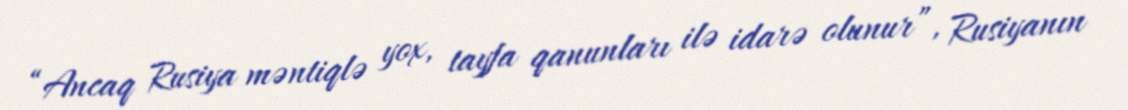
“Ancaq Rusiya məntiqlə yox, tayfa qanunları ilə idarə olunur”, Rusiyanın